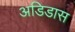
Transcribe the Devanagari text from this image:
अडिडास